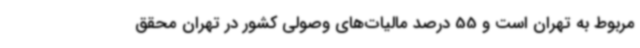
مربوط به تهران است و 55 درصد مالیات‌های وصولی کشور در تهران محقق